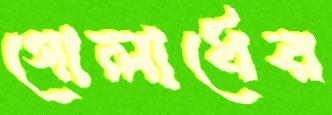
গোলার্ধের